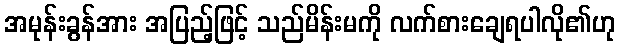
အမုန်းခွန်အား အပြည့်ဖြင့် သည်မိန်းမကို လက်စားချေရပါလို၏ဟု